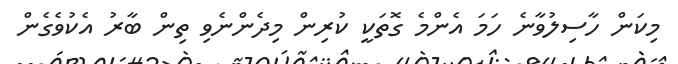
މިކަން ހާސިލުވާނެ ހަމަ އެންމެ ގޮތަކީ ކުރިން މިދެންނެވި ތިން ބާރު އެކުވެގެން